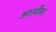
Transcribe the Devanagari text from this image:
आर्मीस